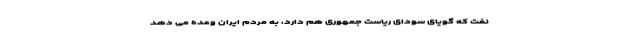
نفت که گویای سودای ریاست جمهوری هم دارد، به مردم ایران وعده می دهد